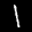
Label: 1